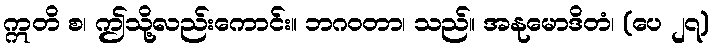
ဣတိ စ၊ ဤသို့လည်းကောင်း။ ဘဂဝတာ၊ သည်။ အနုမောဒိတံ၊ (ပေ ၂၇)